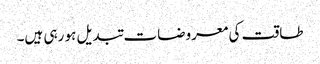
طاقت کی معروضات تبدیل ہو رہی ہیں۔